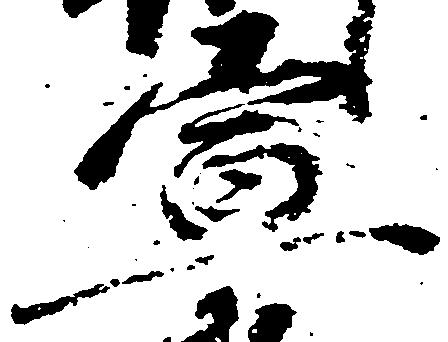
宣